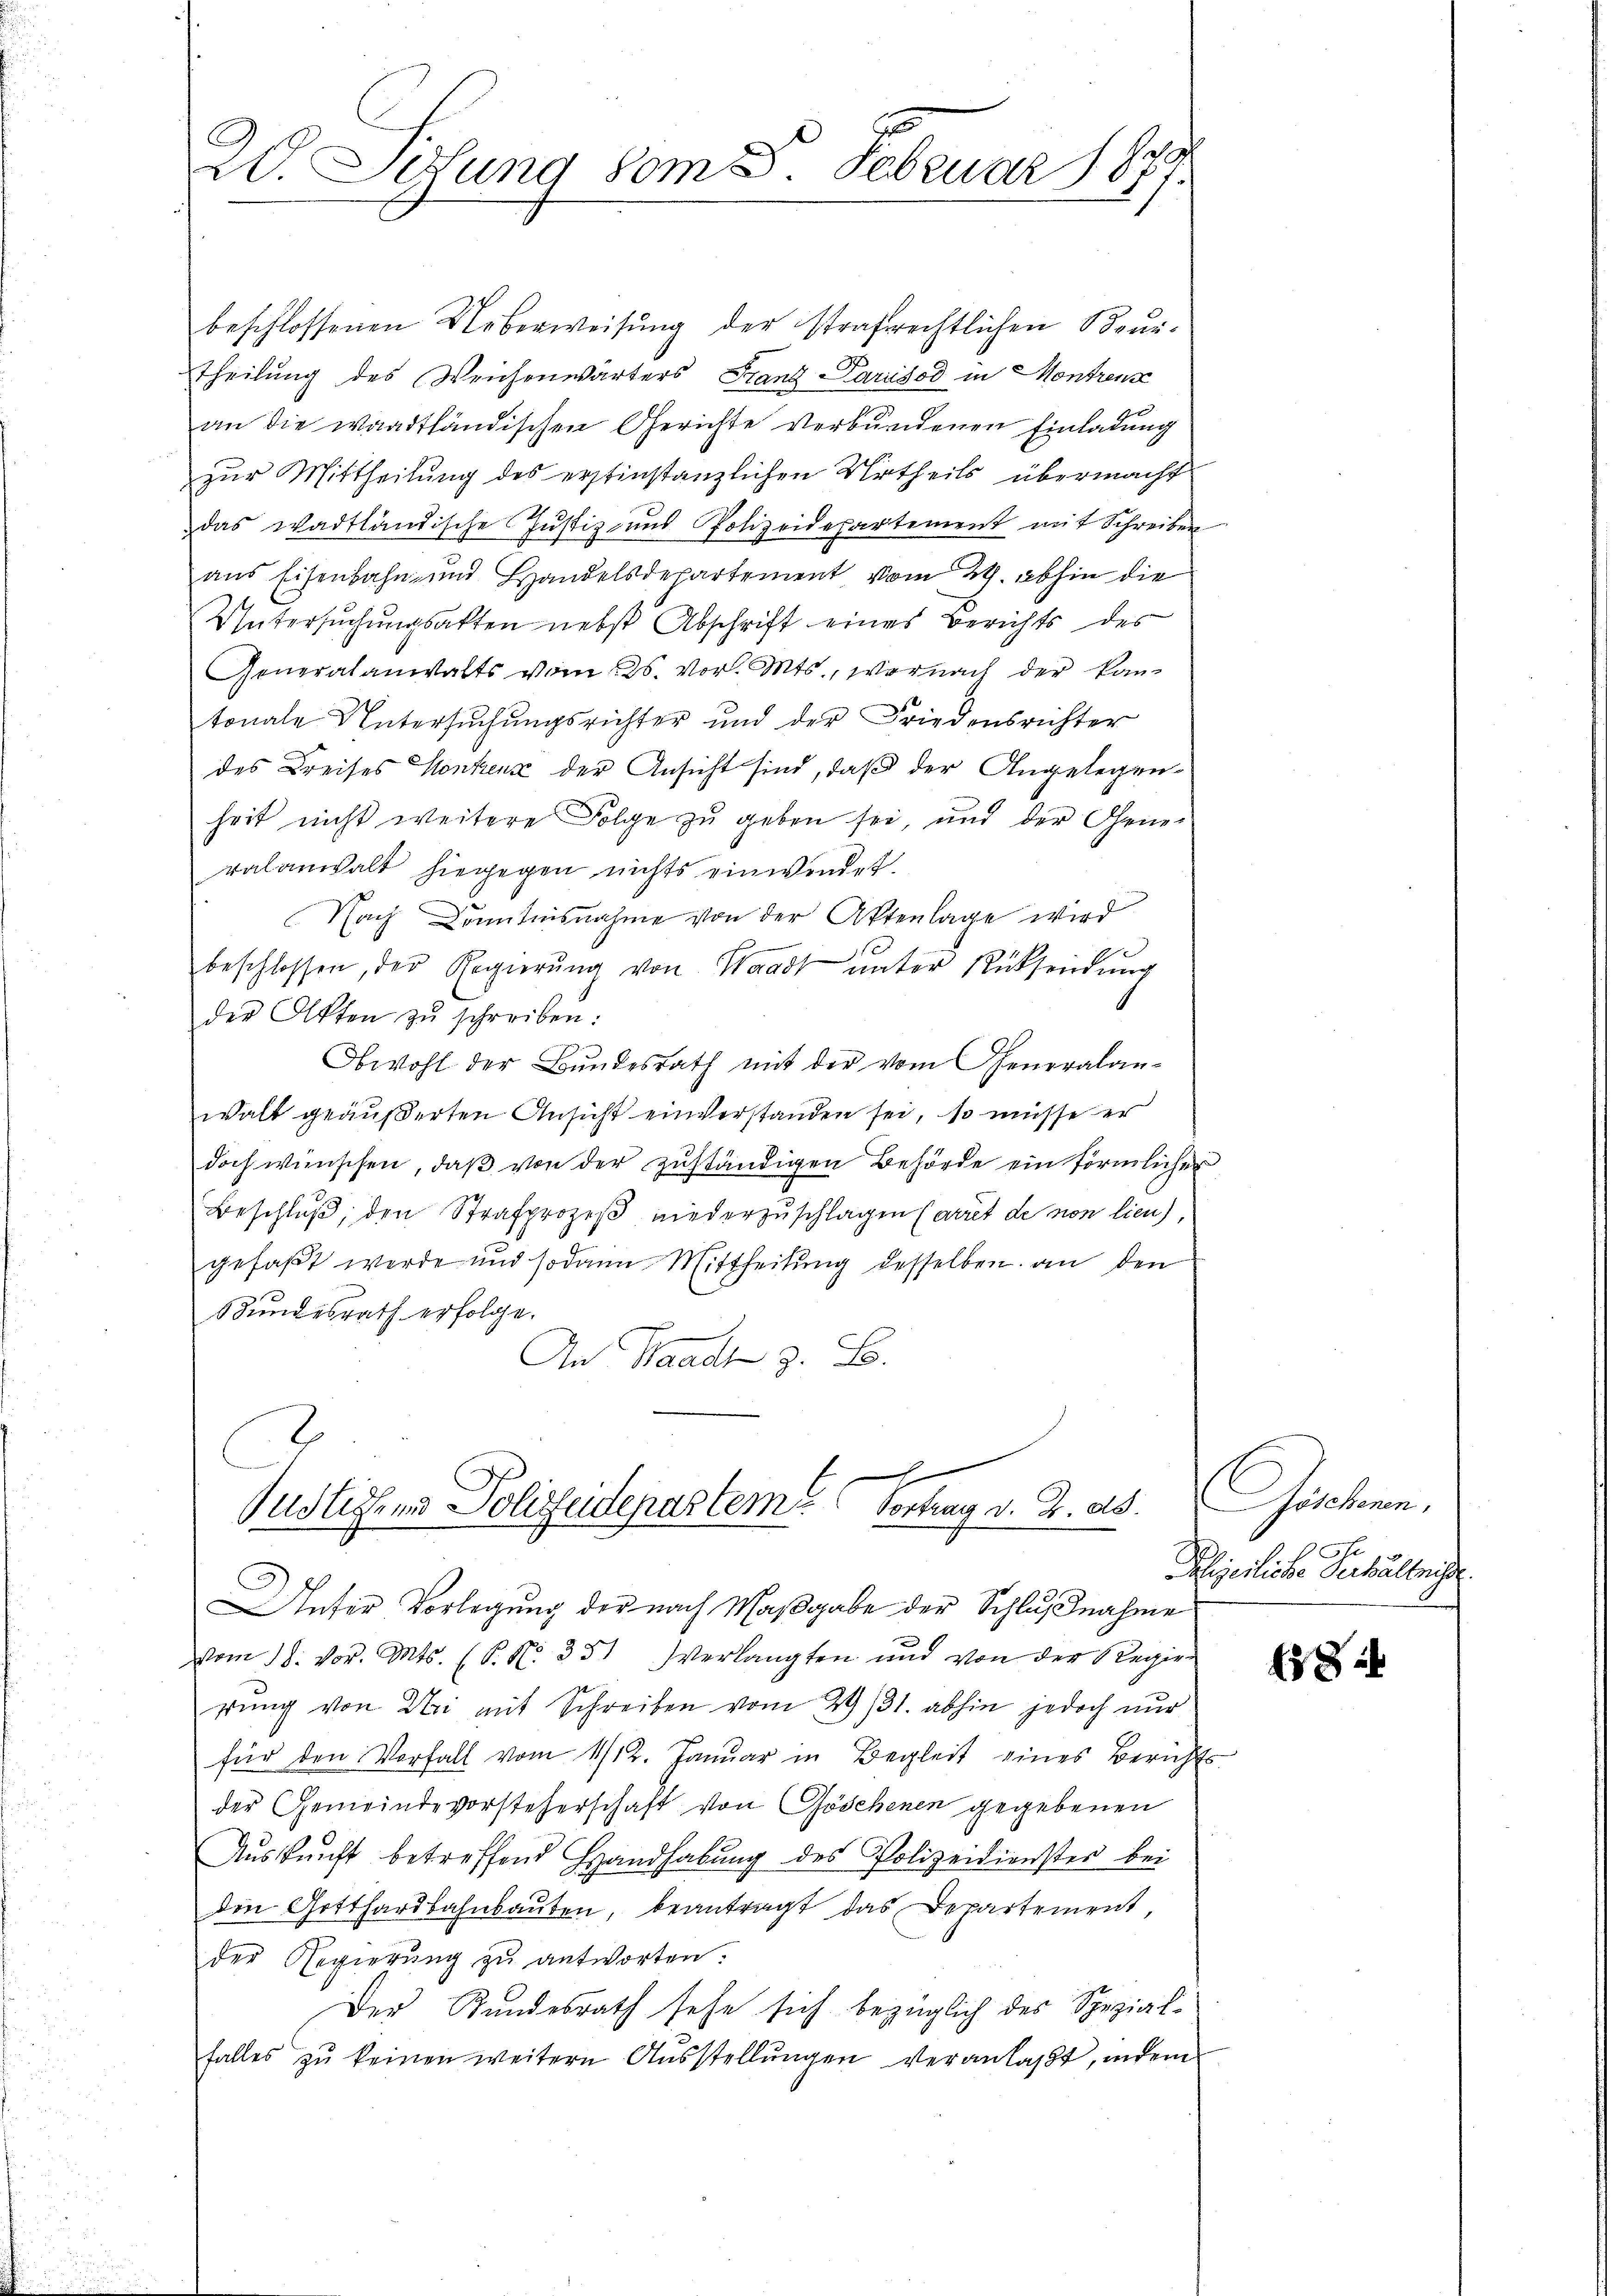
2
20. Setung vom 8. Februar 1877.

beschlossenen Ueberweisung der strafrechtlichen Brun¬
Theilung des Weichenwärters Franz Parisod in Montrenz
an die waadtländischen Gerichte verbundenen Einladung
zur Mittheilung des erstinstanzlichen Urtheils übermacht
das Wadtländische Justiz- und Polizeidepartement mit Schreiben
aus Eisenbahn- und Handelsdepartement vom 24. abhin die
Untersuchungsakten nebst Abschrift eines Berichts des
Generalanwalts vom 25. vor. Mts., wornach der kantonale Untersŭchŭngsrichter und der Friedensrichter
des Kreises Kontenz der Ansicht sind, daß der Angelegenheit nicht weitere Folge zu geben sei, und der Gene-
ralanwalt hiegegen nichts einwendet.
Nach Kenntnisnahme von der Aktenlage wird
beschlossen, der Regierŭng von Waadt ŭnter Rücksendŭng
der Akten zŭ schreiben:
Obwohl der Bundesrath mit der vom Generalan-
walt geäußerten Ansicht einverstanden sei, so müsse er
doch wünschen, daß von der zuständigen Behörde ein förmlicher
Beschlŭβ den Strafprozeβ niederzuschlagen (arret de non lieu,
gefaßt werde und sodann Mittheilung desselben an den
Bundesrath erfolge.
An Waadt z. B.
2
d
Justiz und Polizeidepartem Vortrag d. d. d.
Unser Vorlegung der nach Maßgabe der Schlußnahme
vom 18. vor. Mts. (T. N. 351 Verlangten und von der Regierung von Uri mit Schreiben vom 29/31. abhin jedoch nur
für den Vorfall vom 11/12. Januar in Begleit eines Berichts
der Gemeindevorsteherschaft von Göschenen gegebenen
Auskunft betreffend Handhabung des Polizeidienster bei
den Gotthardbahnbauten, beantragt das Departement,
der Regierŭng zŭ antworten.
Der Bundesrath sehe sich bezüglich des Spezialfalles zŭ keinen weitern Aŭsstellŭngen veranlaßt, indem

Gatten.
Phizeiliche Verhältnisse.

8